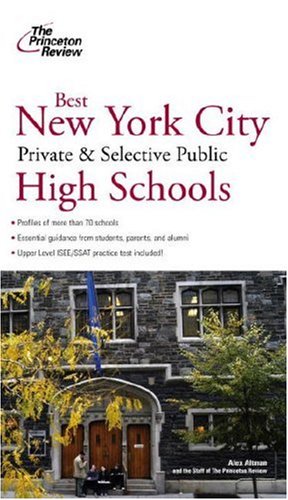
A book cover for Best New York City Private and Selective Public High Schools (College Admissions Guides); Princeton Review; Test Preparation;